Vaccination North-Western Provinces and Oudh 1878-1895 - 1878-1895
Year: 1878
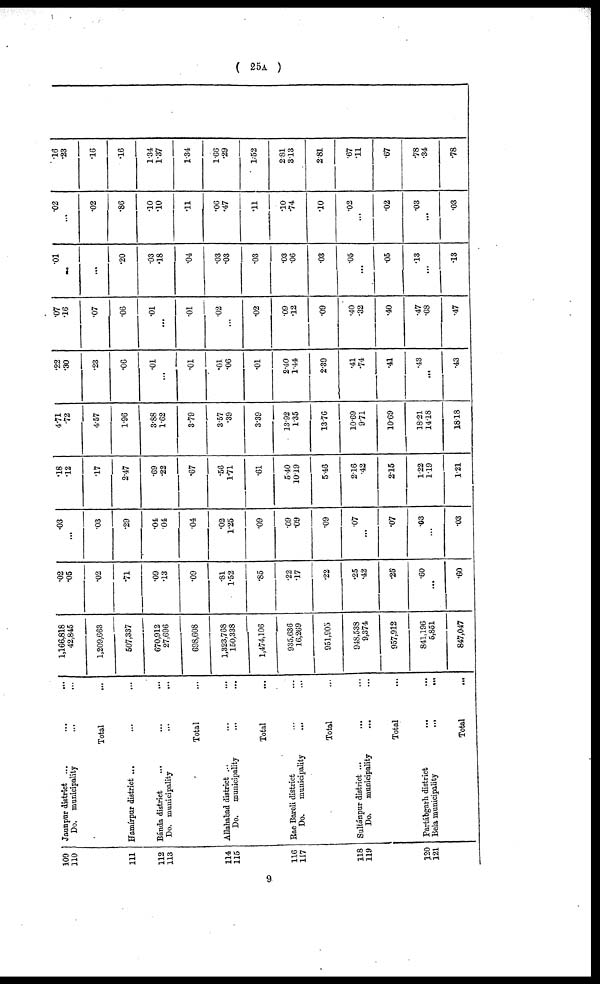
( 25A )
109
110
111
112
113
114
115
116
117
118
119
120
121
Jaunpur district ...
... ...
Do. municipality
... ... ...
Total ...
Hamírpur district ...
... ...
Bánda district ... ... ...
Do. municipality
... ... ...
Total ...
Allahabad district ... ... ...
Do.
municipality ... ... ...
Total ...
Rae Bareli district ... ... ...
Do.
municipality ... ... ...
Total ...
Sultánpur district ... ... ...
Do.
municipality
... ... ...
Total ...
Partábgarh district ... ... ...
Bela municipality
...
... ...
Total ...
1,166,818
42,845
1,209,663
507,337
670,912
27,696
698,608
1,323,768
150,338
1,474,106
935,636
16,269
951,905
948,538
9,374
957,912
841,196
5,851
847,047
.02
.05
.02
.71
.09
.13
.09
.81
1.52
.85
.22
.17
.22
.25
.42
.25
.60
...
.60
.03
...
.03
.29
.04
.04
.04
.02
1.25
.09
.09
.09
.09
.07
...
.07
.03
...
.03
.18
.12
.17
2.47
.69
.22
.67
.56
1.71
.61
5.40
10.19
5.46
2.16
.42
2.15
1.22
1.19
1.21
4.71
.72
4.57
1.96
3.88
1.62
3.79
3.57
.39
3.39
13.92
1.35
13.76
10.69
9.71
10.69
18.21
14.18
18.18
.22
.30
.23
.06
.01
...
.01
.01
.06
.01
2.40
1.44
2.39
.41
.74
.41
.43
...
.43
.07
.16
.07
.06
.01
...
.01
.02
...
.02
.09
.12
.09
.40
.32
.40
.47
.68
.47
.01
...
...
.20
.03
.18
.04
.03
.03
.03
.03
.06
.03
.05
...
.05
.13
...
.13
.02
...
.02
.86
.10
.10
.11
.06
.47
.11
.10
.74
.10
.02
...
.02
.03
...
.03
.16
.23
.16
.16
1.34
1.37
1.34
1.66
.29
1.52
2.81
3.13
2.81
.67
.11
.67
.78
.34
.78
9